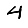
Digit: 4